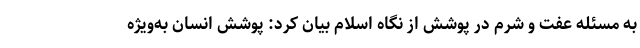
به مسئله عفت و شرم در پوشش از نگاه اسلام بیان کرد: پوشش انسان به‌ویژه